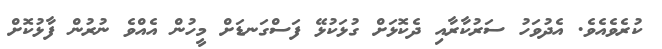
ކުރެވެއެވެ. އެދުވަހު ސަރުކާރާއި ދެކޮޅަށް ގުޅަކުޅޭ ފަސްގަނޑަށް މީހުން އެއްވެ ނުރުން ފާޅުކޮށް